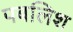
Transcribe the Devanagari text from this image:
पबलिश